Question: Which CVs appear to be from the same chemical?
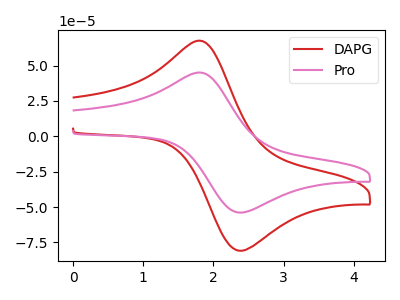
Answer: <think>The red curve "DAPG" has an anodic peak at (1.85V, 66.95uA) and a cathodic peak at (2.40V, -80.80uA). The pink curve "Pro" has an anodic peak at (1.85V, 44.65uA) and a cathodic peak at (2.40V, -53.90uA).
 All the peaks in "DAPG" have a peak in "Pro" at the same potential. Every peak in "DAPG" is higher than every peak in "Pro".</think>
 <answer>"Pro" and "DAPG" have the same shape and are likely CV's of the same chemical.</answer>
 <eval>"Pro" "DAPG"</eval>